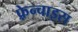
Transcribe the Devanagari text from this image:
फ़्रेन्चाइस